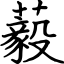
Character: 藙